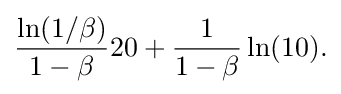
{\begin{aligned}{\frac {\ln(1/\beta )}{1-\beta }}20+{\frac {1}{1-\beta }}\ln(10).\end{aligned}}